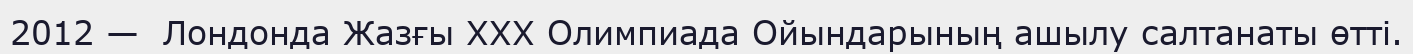
2012 —  Лондонда Жазғы XXX Олимпиада Ойындарының ашылу салтанаты өтті.